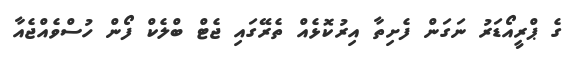
ގެ ޕްރީއޯޑަރު ނަގަން ފެށިތާ އިރުކޮޅެއް ތެރޭގައި ޖެޓް ބްލެކް ފޯން ހުސްވެއްޖެއާ